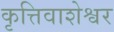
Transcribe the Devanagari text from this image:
कृत्तिवाशेश्वर